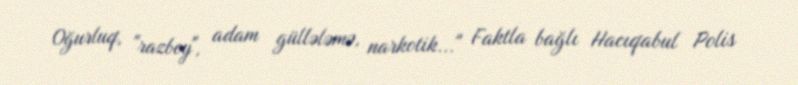
Oğurluq, "razboy", adam güllələmə, narkotik..." Faktla bağlı Hacıqabul Polis